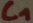
Text: C1